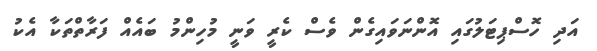
އަދި ހޮސްޕިޓަލުގައި އޮންނަވައިގެން ވެސް ކެރީ ވަނީ މުހިންމު ބައެއް ފަރާތްތަކާ އެކު